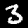
Digit: 3